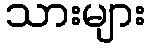
သားများ